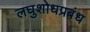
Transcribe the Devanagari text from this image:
लघुशोधप्रबंध